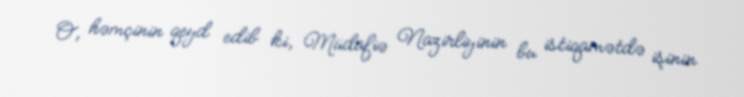
O, həmçinin qeyd edib ki, Müdafiə Nazirliyinin bu istiqamətdə işinin